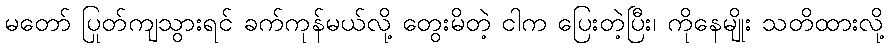
မတော် ပြုတ်ကျသွားရင် ခက်ကုန်မယ်လို့ တွေးမိတဲ့ ငါက ပြေးတဲ့ပြီး၊ ကိုနေမျိုး သတိထားလို့